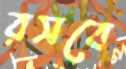
রসবে